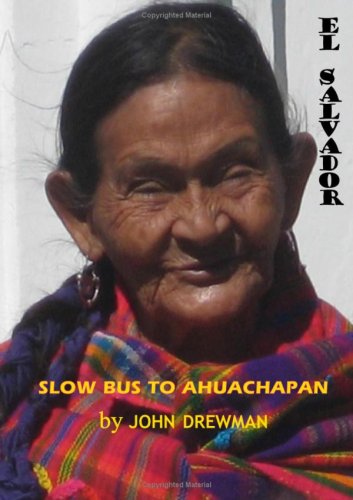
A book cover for Slow Bus to Ahuachapan: El Salvador; John Drewman; Travel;